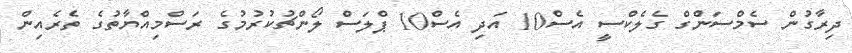
ދިރާގުން ސެމްސަންގް ގެލެކްސީ އެސް10 އަދި އެސް10 ޕްލަސް ލޯންޗުކުރުމުގެ ރަސްމިއްޔާތުގެ ތެރެއިން